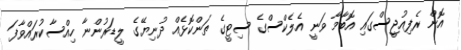
އޮން ރެފިއުޖީސްގައި އޮބާމާ ވަނީ އެލެކްސްގެ ސިޓީގެ ތަންކޮޅެއް ދުނިޔޭގެ ލީޑަރުންނާ ހިއްސާކުރައްވާފަ